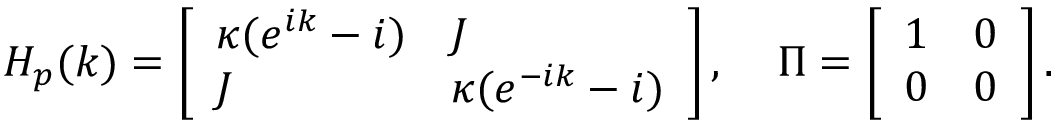
H _ { p } ( k ) = \left[ \begin{array} { l l } { \kappa ( e ^ { i k } - i ) } & { J } \\ { J } & { \kappa ( e ^ { - i k } - i ) } \end{array} \right] , \; \; \; \; \Pi = \left[ \begin{array} { l l } { 1 } & { 0 } \\ { 0 } & { 0 } \end{array} \right] .